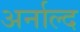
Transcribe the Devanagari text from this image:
अर्नाल्द